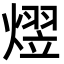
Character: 熤